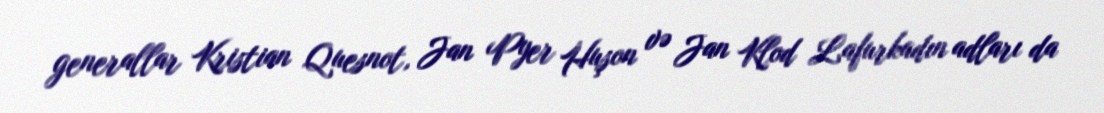
generallar Kristian Quesnot, Jan Pyer Huşon və Jan Klod Lafurkadın adları da